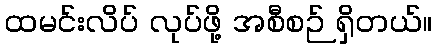
ထမင်းလိပ် လုပ်ဖို့ အစီစဉ် ရှိတယ်။